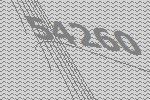
54260